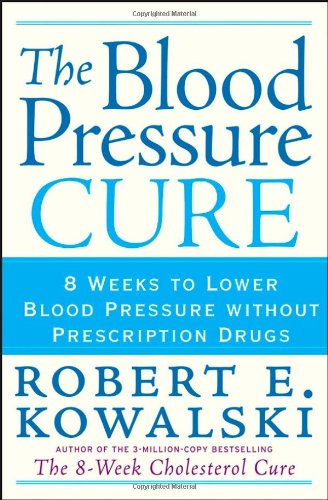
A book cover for The Blood Pressure Cure: 8 Weeks to Lower Blood Pressure without Prescription Drugs; Robert E. Kowalski; Health, Fitness & Dieting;